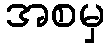
အစမှ